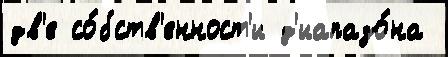
дв'е со́бств'енност'и д'иапазо́на